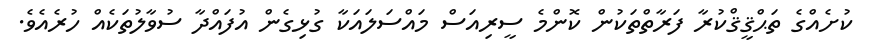
ކުށެއްގެ ތަޙްޤީޤްކުރާ ފަރާތްތަކުން ކޮންމެ ސީރިއަސް މައްސަލައަކާ ގުޅިގެން އުފައްދާ ސުވާލުތަކެއް ހުރެއެވެ.